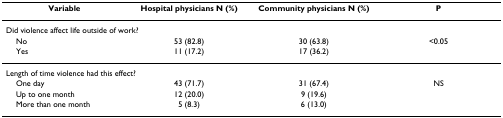
<table><thead><tr><td><b>Variable</b></td><td><b>Hospital physicians N (%)</b></td><td><b>Community physicians N (%)</b></td><td><b>P</b></td></tr></thead><tbody><tr><td colspan="4">Did violence affect life outside of work?</td></tr><tr><td> No</td><td>53 (82.8)</td><td>30 (63.8)</td><td>&lt;0.05</td></tr><tr><td> Yes</td><td>11 (17.2)</td><td>17 (36.2)</td><td></td></tr><tr><td colspan="4">Length of time violence had this effect?</td></tr><tr><td> One day</td><td>43 (71.7)</td><td>31 (67.4)</td><td>NS</td></tr><tr><td> Up to one month</td><td>12 (20.0)</td><td>9 (19.6)</td><td></td></tr><tr><td> More than one month</td><td>5 (8.3)</td><td>6 (13.0)</td><td></td></tr></tbody></table>